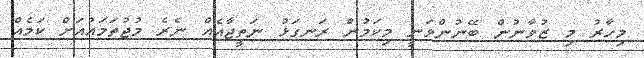
މިހާރު މި ޒުވާނުން ބޭނުންވަނީ މިކަމުން ރަނގަޅު ނަތީޖާއެއް ނެރެ މުޖުތަމައުއަށް ކަމެއް